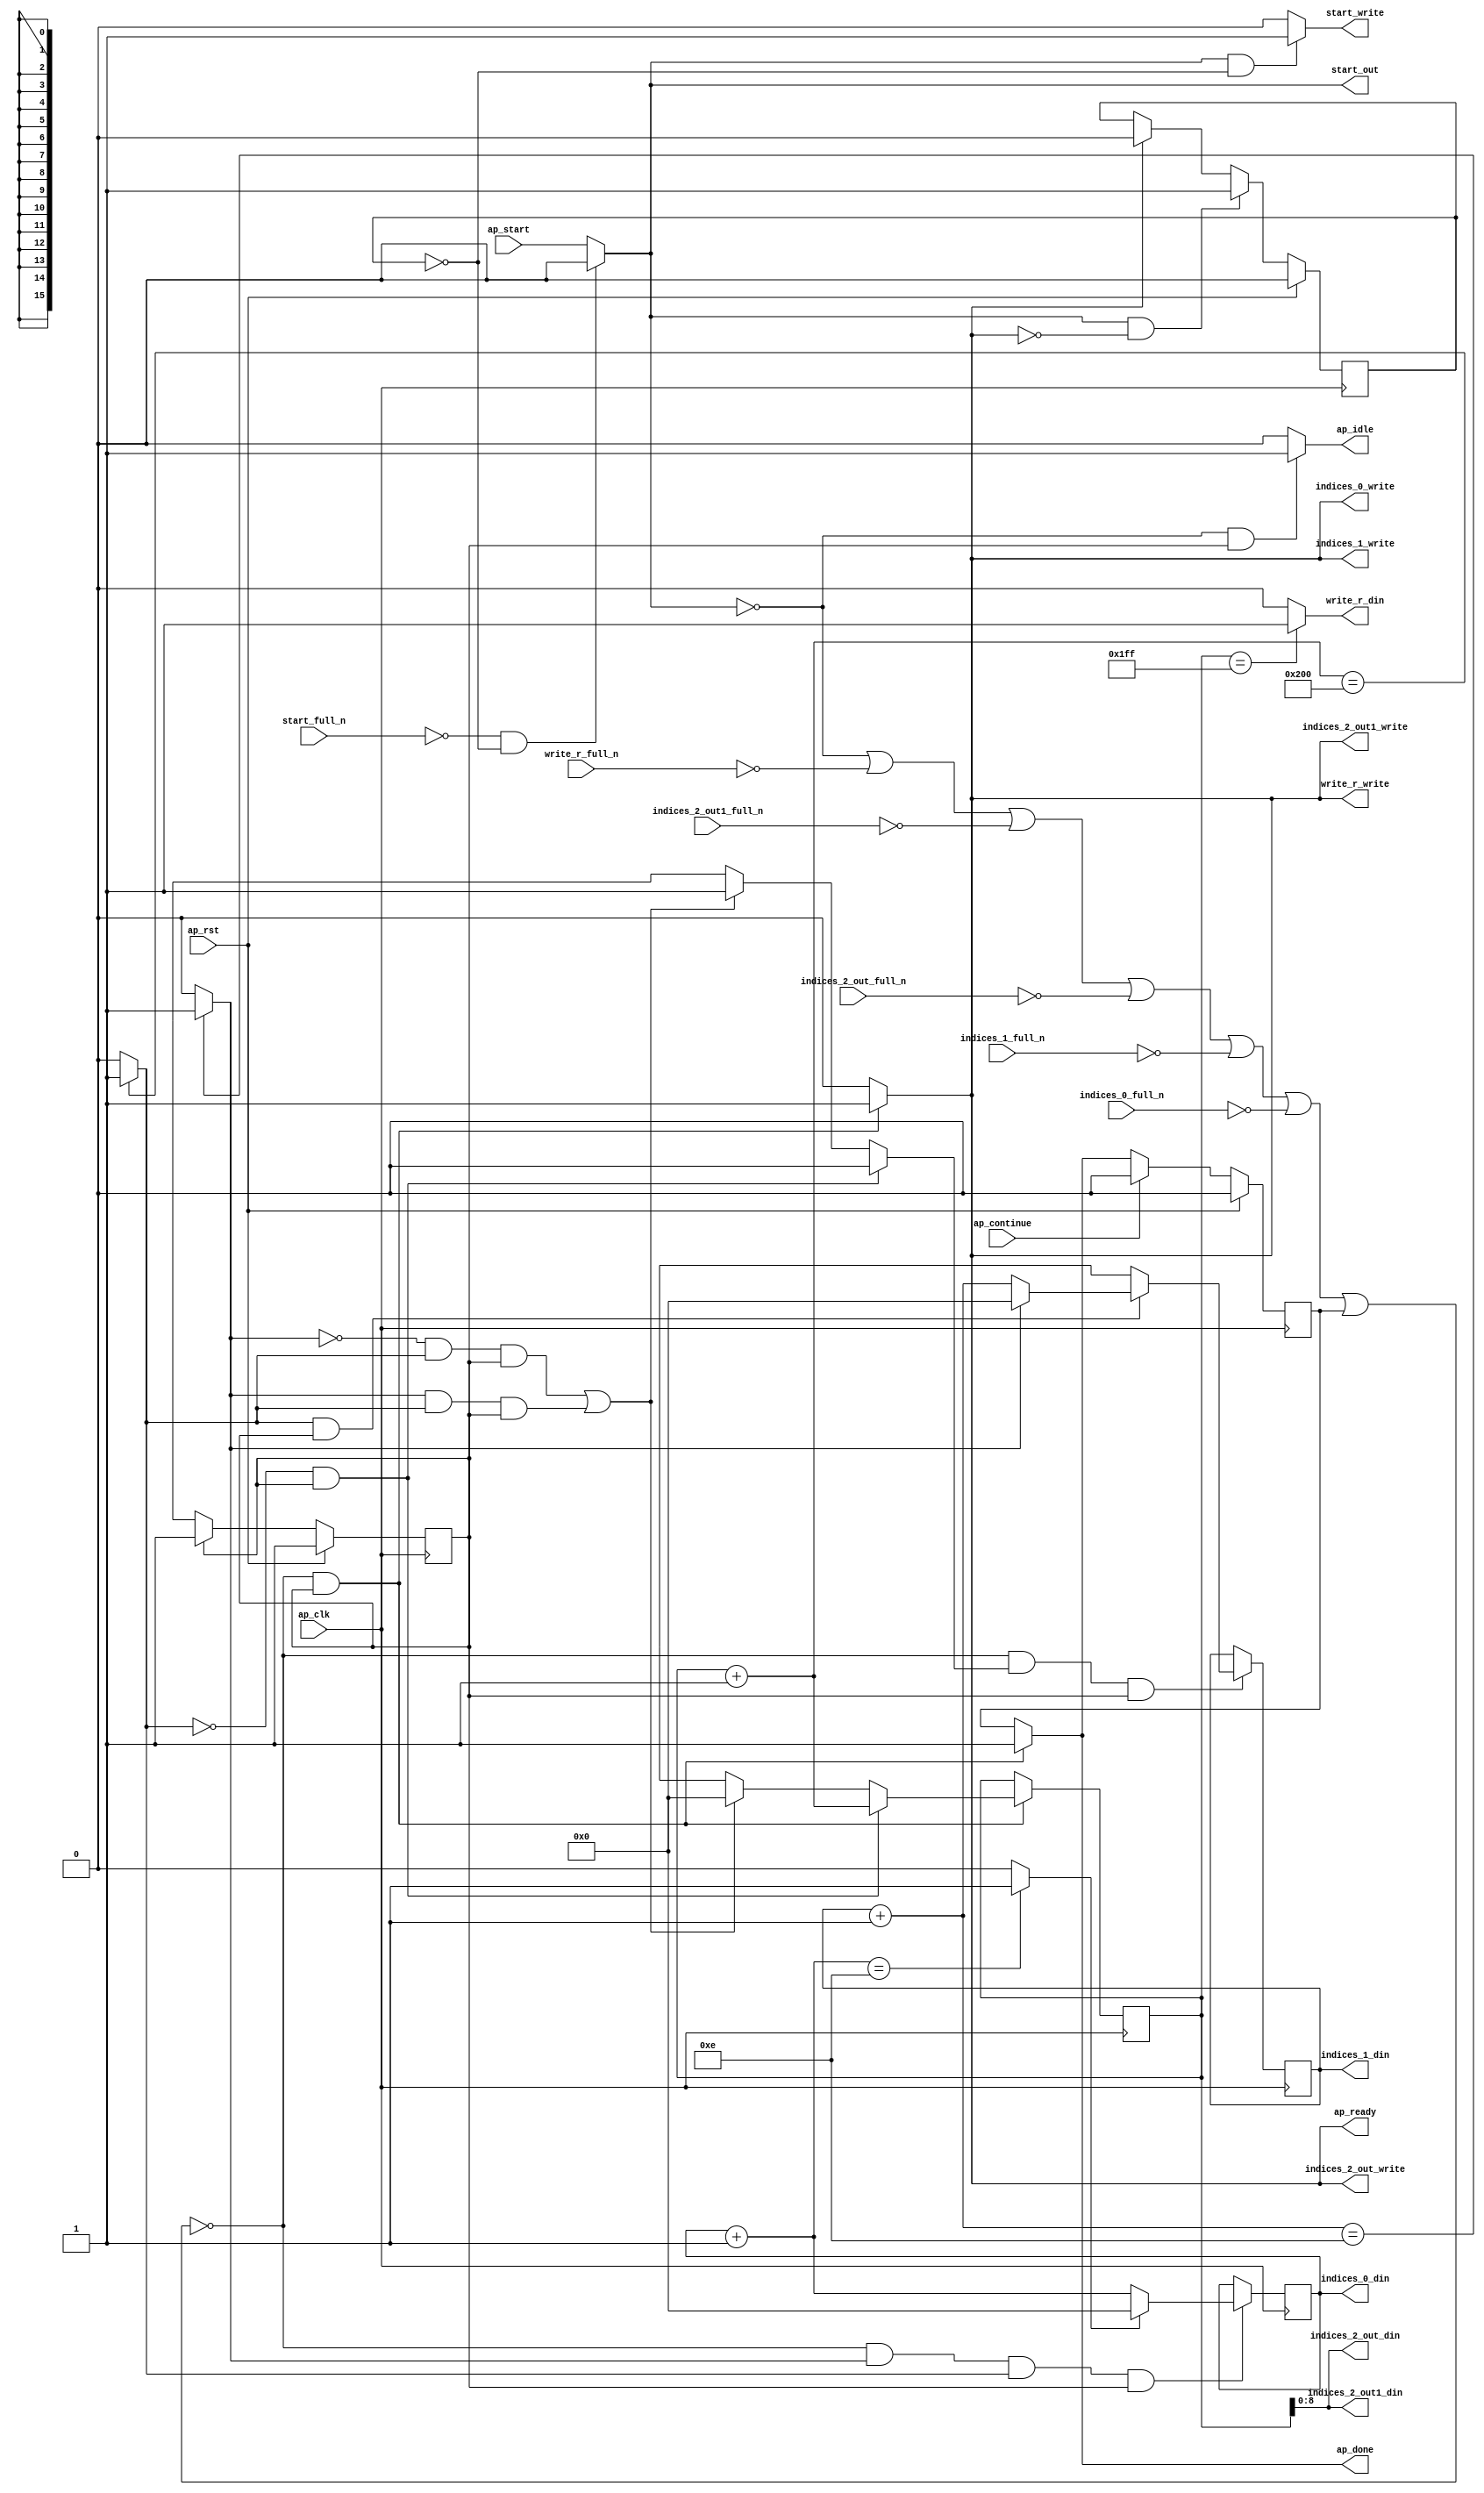
`define EXPONENT 5
`define MANTISSA 10
`define ACTUAL_MANTISSA 11
`define EXPONENT_LSB 10
`define EXPONENT_MSB 14
`define MANTISSA_LSB 0
`define MANTISSA_MSB 9
`define MANTISSA_MUL_SPLIT_LSB 3
`define MANTISSA_MUL_SPLIT_MSB 9
`define SIGN 1
`define SIGN_LOC 15
`define DWIDTH (`SIGN+`EXPONENT+`MANTISSA)
`define IEEE_COMPLIANCE 1

module td_fused_top_tdf11_get_next_ijk (
        ap_clk,
        ap_rst,
        ap_start,
        start_full_n,
        ap_done,
        ap_continue,
        ap_idle,
        ap_ready,
        start_out,
        start_write,
        indices_0_din,
        indices_0_full_n,
        indices_0_write,
        indices_1_din,
        indices_1_full_n,
        indices_1_write,
        indices_2_out_din,
        indices_2_out_full_n,
        indices_2_out_write,
        indices_2_out1_din,
        indices_2_out1_full_n,
        indices_2_out1_write,
        write_r_din,
        write_r_full_n,
        write_r_write
);

parameter    ap_ST_fsm_state1 = 1'd1;

input   ap_clk;
input   ap_rst;
input   ap_start;
input   start_full_n;
output   ap_done;
input   ap_continue;
output   ap_idle;
output   ap_ready;
output   start_out;
output   start_write;
output  [15:0] indices_0_din;
input   indices_0_full_n;
output   indices_0_write;
output  [15:0] indices_1_din;
input   indices_1_full_n;
output   indices_1_write;
output  [8:0] indices_2_out_din;
input   indices_2_out_full_n;
output   indices_2_out_write;
output  [8:0] indices_2_out1_din;
input   indices_2_out1_full_n;
output   indices_2_out1_write;
output   write_r_din;
input   write_r_full_n;
output   write_r_write;

reg ap_done;
reg ap_idle;
reg start_write;
reg indices_0_write;
reg indices_1_write;
reg indices_2_out_write;
reg indices_2_out1_write;
reg write_r_write;

reg    real_start;
reg    start_once_reg;
reg    ap_done_reg;
  reg   [0:0] ap_CS_fsm;
wire    ap_CS_fsm_state1;
reg    internal_ap_ready;
reg   [15:0] i_9;
reg   [15:0] j_9;
reg   [15:0] k_9;
reg    indices_0_blk_n;
reg    indices_1_blk_n;
reg    indices_2_out_blk_n;
reg    indices_2_out1_blk_n;
reg    write_r_blk_n;
reg   [0:0] ap_phi_mux_j_20_flag_0_i_phi_fu_90_p6;
reg    ap_block_state1;
wire   [0:0] icmp_ln188_fu_161_p2;
wire   [0:0] icmp_ln191_fu_174_p2;
reg   [15:0] ap_phi_mux_j_20_new_0_i_phi_fu_104_p6;
wire   [15:0] add_ln190_fu_167_p2;
reg   [15:0] ap_phi_mux_k_20_new_0_i_phi_fu_117_p6;
wire   [15:0] add_ln187_fu_154_p2;
wire   [15:0] select_ln194_fu_192_p3;
wire   [8:0] trunc_ln185_fu_141_p1;
wire   [15:0] add_ln193_fu_180_p2;
wire   [0:0] icmp_ln194_fu_186_p2;
reg   [0:0] ap_NS_fsm;
wire    ap_ce_reg;

// power-on initialization
initial begin
#0 start_once_reg = 1'b0;
#0 ap_done_reg = 1'b0;
#0 ap_CS_fsm = 1'd1;
#0 i_9 = 16'd0;
#0 j_9 = 16'd0;
#0 k_9 = 16'd0;
end

always @ (posedge ap_clk) begin
    if (ap_rst == 1'b1) begin
        ap_CS_fsm <= ap_ST_fsm_state1;
    end else begin
        ap_CS_fsm <= ap_NS_fsm;
    end
end

always @ (posedge ap_clk) begin
    if (ap_rst == 1'b1) begin
        ap_done_reg <= 1'b0;
    end else begin
        if ((ap_continue == 1'b1)) begin
            ap_done_reg <= 1'b0;
        end else if ((~((real_start == 1'b0) | (write_r_full_n == 1'b0) | (indices_2_out1_full_n == 1'b0) | (indices_2_out_full_n == 1'b0) | (indices_1_full_n == 1'b0) | (indices_0_full_n == 1'b0) | (ap_done_reg == 1'b1)) & (1'b1 == ap_CS_fsm_state1))) begin
            ap_done_reg <= 1'b1;
        end
    end
end

always @ (posedge ap_clk) begin
    if (ap_rst == 1'b1) begin
        start_once_reg <= 1'b0;
    end else begin
        if (((real_start == 1'b1) & (internal_ap_ready == 1'b0))) begin
            start_once_reg <= 1'b1;
        end else if ((internal_ap_ready == 1'b1)) begin
            start_once_reg <= 1'b0;
        end
    end
end

always @ (posedge ap_clk) begin
    if ((~((real_start == 1'b0) | (write_r_full_n == 1'b0) | (indices_2_out1_full_n == 1'b0) | (indices_2_out_full_n == 1'b0) | (indices_1_full_n == 1'b0) | (indices_0_full_n == 1'b0) | (ap_done_reg == 1'b1)) & (icmp_ln191_fu_174_p2 == 1'd1) & (icmp_ln188_fu_161_p2 == 1'd1) & (1'b1 == ap_CS_fsm_state1))) begin
        i_9 <= select_ln194_fu_192_p3;
    end
end

always @ (posedge ap_clk) begin
    if ((~((real_start == 1'b0) | (write_r_full_n == 1'b0) | (indices_2_out1_full_n == 1'b0) | (indices_2_out_full_n == 1'b0) | (indices_1_full_n == 1'b0) | (indices_0_full_n == 1'b0) | (ap_done_reg == 1'b1)) & (ap_phi_mux_j_20_flag_0_i_phi_fu_90_p6 == 1'd1) & (1'b1 == ap_CS_fsm_state1))) begin
        j_9 <= ap_phi_mux_j_20_new_0_i_phi_fu_104_p6;
    end
end

always @ (posedge ap_clk) begin
    if ((~((real_start == 1'b0) | (write_r_full_n == 1'b0) | (indices_2_out1_full_n == 1'b0) | (indices_2_out_full_n == 1'b0) | (indices_1_full_n == 1'b0) | (indices_0_full_n == 1'b0) | (ap_done_reg == 1'b1)) & (1'b1 == ap_CS_fsm_state1))) begin
        k_9 <= ap_phi_mux_k_20_new_0_i_phi_fu_117_p6;
    end
end

always @ (*) begin
    if ((~((real_start == 1'b0) | (write_r_full_n == 1'b0) | (indices_2_out1_full_n == 1'b0) | (indices_2_out_full_n == 1'b0) | (indices_1_full_n == 1'b0) | (indices_0_full_n == 1'b0) | (ap_done_reg == 1'b1)) & (1'b1 == ap_CS_fsm_state1))) begin
        ap_done = 1'b1;
    end else begin
        ap_done = ap_done_reg;
    end
end

always @ (*) begin
    if (((real_start == 1'b0) & (1'b1 == ap_CS_fsm_state1))) begin
        ap_idle = 1'b1;
    end else begin
        ap_idle = 1'b0;
    end
end

always @ (*) begin
    if (((icmp_ln188_fu_161_p2 == 1'd0) & (1'b1 == ap_CS_fsm_state1))) begin
        ap_phi_mux_j_20_flag_0_i_phi_fu_90_p6 = 1'd0;
    end else if ((((icmp_ln191_fu_174_p2 == 1'd0) & (icmp_ln188_fu_161_p2 == 1'd1) & (1'b1 == ap_CS_fsm_state1)) | ((icmp_ln191_fu_174_p2 == 1'd1) & (icmp_ln188_fu_161_p2 == 1'd1) & (1'b1 == ap_CS_fsm_state1)))) begin
        ap_phi_mux_j_20_flag_0_i_phi_fu_90_p6 = 1'd1;
    end else begin
        ap_phi_mux_j_20_flag_0_i_phi_fu_90_p6 = 'bx;
    end
end

always @ (*) begin
    if (((icmp_ln188_fu_161_p2 == 1'd1) & (1'b1 == ap_CS_fsm_state1))) begin
        if ((icmp_ln191_fu_174_p2 == 1'd0)) begin
            ap_phi_mux_j_20_new_0_i_phi_fu_104_p6 = add_ln190_fu_167_p2;
        end else if ((icmp_ln191_fu_174_p2 == 1'd1)) begin
            ap_phi_mux_j_20_new_0_i_phi_fu_104_p6 = 16'd0;
        end else begin
            ap_phi_mux_j_20_new_0_i_phi_fu_104_p6 = 'bx;
        end
    end else begin
        ap_phi_mux_j_20_new_0_i_phi_fu_104_p6 = 'bx;
    end
end

always @ (*) begin
    if (((icmp_ln188_fu_161_p2 == 1'd0) & (1'b1 == ap_CS_fsm_state1))) begin
        ap_phi_mux_k_20_new_0_i_phi_fu_117_p6 = add_ln187_fu_154_p2;
    end else if ((((icmp_ln191_fu_174_p2 == 1'd0) & (icmp_ln188_fu_161_p2 == 1'd1) & (1'b1 == ap_CS_fsm_state1)) | ((icmp_ln191_fu_174_p2 == 1'd1) & (icmp_ln188_fu_161_p2 == 1'd1) & (1'b1 == ap_CS_fsm_state1)))) begin
        ap_phi_mux_k_20_new_0_i_phi_fu_117_p6 = 16'd0;
    end else begin
        ap_phi_mux_k_20_new_0_i_phi_fu_117_p6 = 'bx;
    end
end

always @ (*) begin
    if ((~((real_start == 1'b0) | (ap_done_reg == 1'b1)) & (1'b1 == ap_CS_fsm_state1))) begin
        indices_0_blk_n = indices_0_full_n;
    end else begin
        indices_0_blk_n = 1'b1;
    end
end

always @ (*) begin
    if ((~((real_start == 1'b0) | (write_r_full_n == 1'b0) | (indices_2_out1_full_n == 1'b0) | (indices_2_out_full_n == 1'b0) | (indices_1_full_n == 1'b0) | (indices_0_full_n == 1'b0) | (ap_done_reg == 1'b1)) & (1'b1 == ap_CS_fsm_state1))) begin
        indices_0_write = 1'b1;
    end else begin
        indices_0_write = 1'b0;
    end
end

always @ (*) begin
    if ((~((real_start == 1'b0) | (ap_done_reg == 1'b1)) & (1'b1 == ap_CS_fsm_state1))) begin
        indices_1_blk_n = indices_1_full_n;
    end else begin
        indices_1_blk_n = 1'b1;
    end
end

always @ (*) begin
    if ((~((real_start == 1'b0) | (write_r_full_n == 1'b0) | (indices_2_out1_full_n == 1'b0) | (indices_2_out_full_n == 1'b0) | (indices_1_full_n == 1'b0) | (indices_0_full_n == 1'b0) | (ap_done_reg == 1'b1)) & (1'b1 == ap_CS_fsm_state1))) begin
        indices_1_write = 1'b1;
    end else begin
        indices_1_write = 1'b0;
    end
end

always @ (*) begin
    if ((~((real_start == 1'b0) | (ap_done_reg == 1'b1)) & (1'b1 == ap_CS_fsm_state1))) begin
        indices_2_out1_blk_n = indices_2_out1_full_n;
    end else begin
        indices_2_out1_blk_n = 1'b1;
    end
end

always @ (*) begin
    if ((~((real_start == 1'b0) | (write_r_full_n == 1'b0) | (indices_2_out1_full_n == 1'b0) | (indices_2_out_full_n == 1'b0) | (indices_1_full_n == 1'b0) | (indices_0_full_n == 1'b0) | (ap_done_reg == 1'b1)) & (1'b1 == ap_CS_fsm_state1))) begin
        indices_2_out1_write = 1'b1;
    end else begin
        indices_2_out1_write = 1'b0;
    end
end

always @ (*) begin
    if ((~((real_start == 1'b0) | (ap_done_reg == 1'b1)) & (1'b1 == ap_CS_fsm_state1))) begin
        indices_2_out_blk_n = indices_2_out_full_n;
    end else begin
        indices_2_out_blk_n = 1'b1;
    end
end

always @ (*) begin
    if ((~((real_start == 1'b0) | (write_r_full_n == 1'b0) | (indices_2_out1_full_n == 1'b0) | (indices_2_out_full_n == 1'b0) | (indices_1_full_n == 1'b0) | (indices_0_full_n == 1'b0) | (ap_done_reg == 1'b1)) & (1'b1 == ap_CS_fsm_state1))) begin
        indices_2_out_write = 1'b1;
    end else begin
        indices_2_out_write = 1'b0;
    end
end

always @ (*) begin
    if ((~((real_start == 1'b0) | (write_r_full_n == 1'b0) | (indices_2_out1_full_n == 1'b0) | (indices_2_out_full_n == 1'b0) | (indices_1_full_n == 1'b0) | (indices_0_full_n == 1'b0) | (ap_done_reg == 1'b1)) & (1'b1 == ap_CS_fsm_state1))) begin
        internal_ap_ready = 1'b1;
    end else begin
        internal_ap_ready = 1'b0;
    end
end

always @ (*) begin
    if (((start_full_n == 1'b0) & (start_once_reg == 1'b0))) begin
        real_start = 1'b0;
    end else begin
        real_start = ap_start;
    end
end

always @ (*) begin
    if (((real_start == 1'b1) & (start_once_reg == 1'b0))) begin
        start_write = 1'b1;
    end else begin
        start_write = 1'b0;
    end
end

always @ (*) begin
    if ((~((real_start == 1'b0) | (ap_done_reg == 1'b1)) & (1'b1 == ap_CS_fsm_state1))) begin
        write_r_blk_n = write_r_full_n;
    end else begin
        write_r_blk_n = 1'b1;
    end
end

always @ (*) begin
    if ((~((real_start == 1'b0) | (write_r_full_n == 1'b0) | (indices_2_out1_full_n == 1'b0) | (indices_2_out_full_n == 1'b0) | (indices_1_full_n == 1'b0) | (indices_0_full_n == 1'b0) | (ap_done_reg == 1'b1)) & (1'b1 == ap_CS_fsm_state1))) begin
        write_r_write = 1'b1;
    end else begin
        write_r_write = 1'b0;
    end
end

always @ (*) begin
    case (ap_CS_fsm)
        ap_ST_fsm_state1 : begin
            ap_NS_fsm = ap_ST_fsm_state1;
        end
        default : begin
            ap_NS_fsm = 'bx;
        end
    endcase
end

assign add_ln187_fu_154_p2 = (k_9 + 16'd1);

assign add_ln190_fu_167_p2 = (j_9 + 16'd1);

assign add_ln193_fu_180_p2 = (i_9 + 16'd1);

assign ap_CS_fsm_state1 = ap_CS_fsm[32'd0];

always @ (*) begin
    ap_block_state1 = ((real_start == 1'b0) | (write_r_full_n == 1'b0) | (indices_2_out1_full_n == 1'b0) | (indices_2_out_full_n == 1'b0) | (indices_1_full_n == 1'b0) | (indices_0_full_n == 1'b0) | (ap_done_reg == 1'b1));
end

assign ap_ready = internal_ap_ready;

assign icmp_ln188_fu_161_p2 = ((add_ln187_fu_154_p2 == 16'd512) ? 1'b1 : 1'b0);

assign icmp_ln191_fu_174_p2 = ((add_ln190_fu_167_p2 == 16'd14) ? 1'b1 : 1'b0);

assign icmp_ln194_fu_186_p2 = ((add_ln193_fu_180_p2 == 16'd14) ? 1'b1 : 1'b0);

assign indices_0_din = i_9;

assign indices_1_din = j_9;

assign indices_2_out1_din = trunc_ln185_fu_141_p1;

assign indices_2_out_din = trunc_ln185_fu_141_p1;

assign select_ln194_fu_192_p3 = ((icmp_ln194_fu_186_p2[0:0] == 1'b1) ? 16'd0 : add_ln193_fu_180_p2);

assign start_out = real_start;

assign trunc_ln185_fu_141_p1 = k_9[8:0];

assign write_r_din = ((k_9 == 16'd511) ? 1'b1 : 1'b0);

endmodule //td_fused_top_tdf11_get_next_ijk